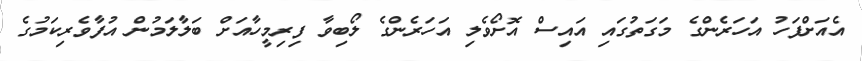
އެއަށްފަހު އަހަރެންގެ މަގަތުގައި އައިސް އޮށޯވެލި އަހަރެންގެ ލޯބިވާ ފިރިމީހާއަށް ބަލާލަމުން އުފާވެރިކަމުގެ